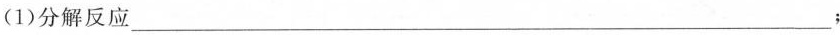
(1)分解反应___；